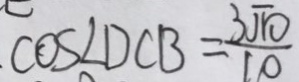
\cos \angle D C B = \frac { 3 \sqrt { 1 0 } } { 1 0 }